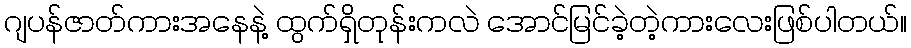
ဂျပန်ဇာတ်ကားအနေနဲ့ ထွက်ရှိတုန်းကလဲ အောင်မြင်ခဲ့တဲ့ကားလေးဖြစ်ပါတယ်။